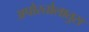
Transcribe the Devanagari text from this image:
अपोस्तोलातुस